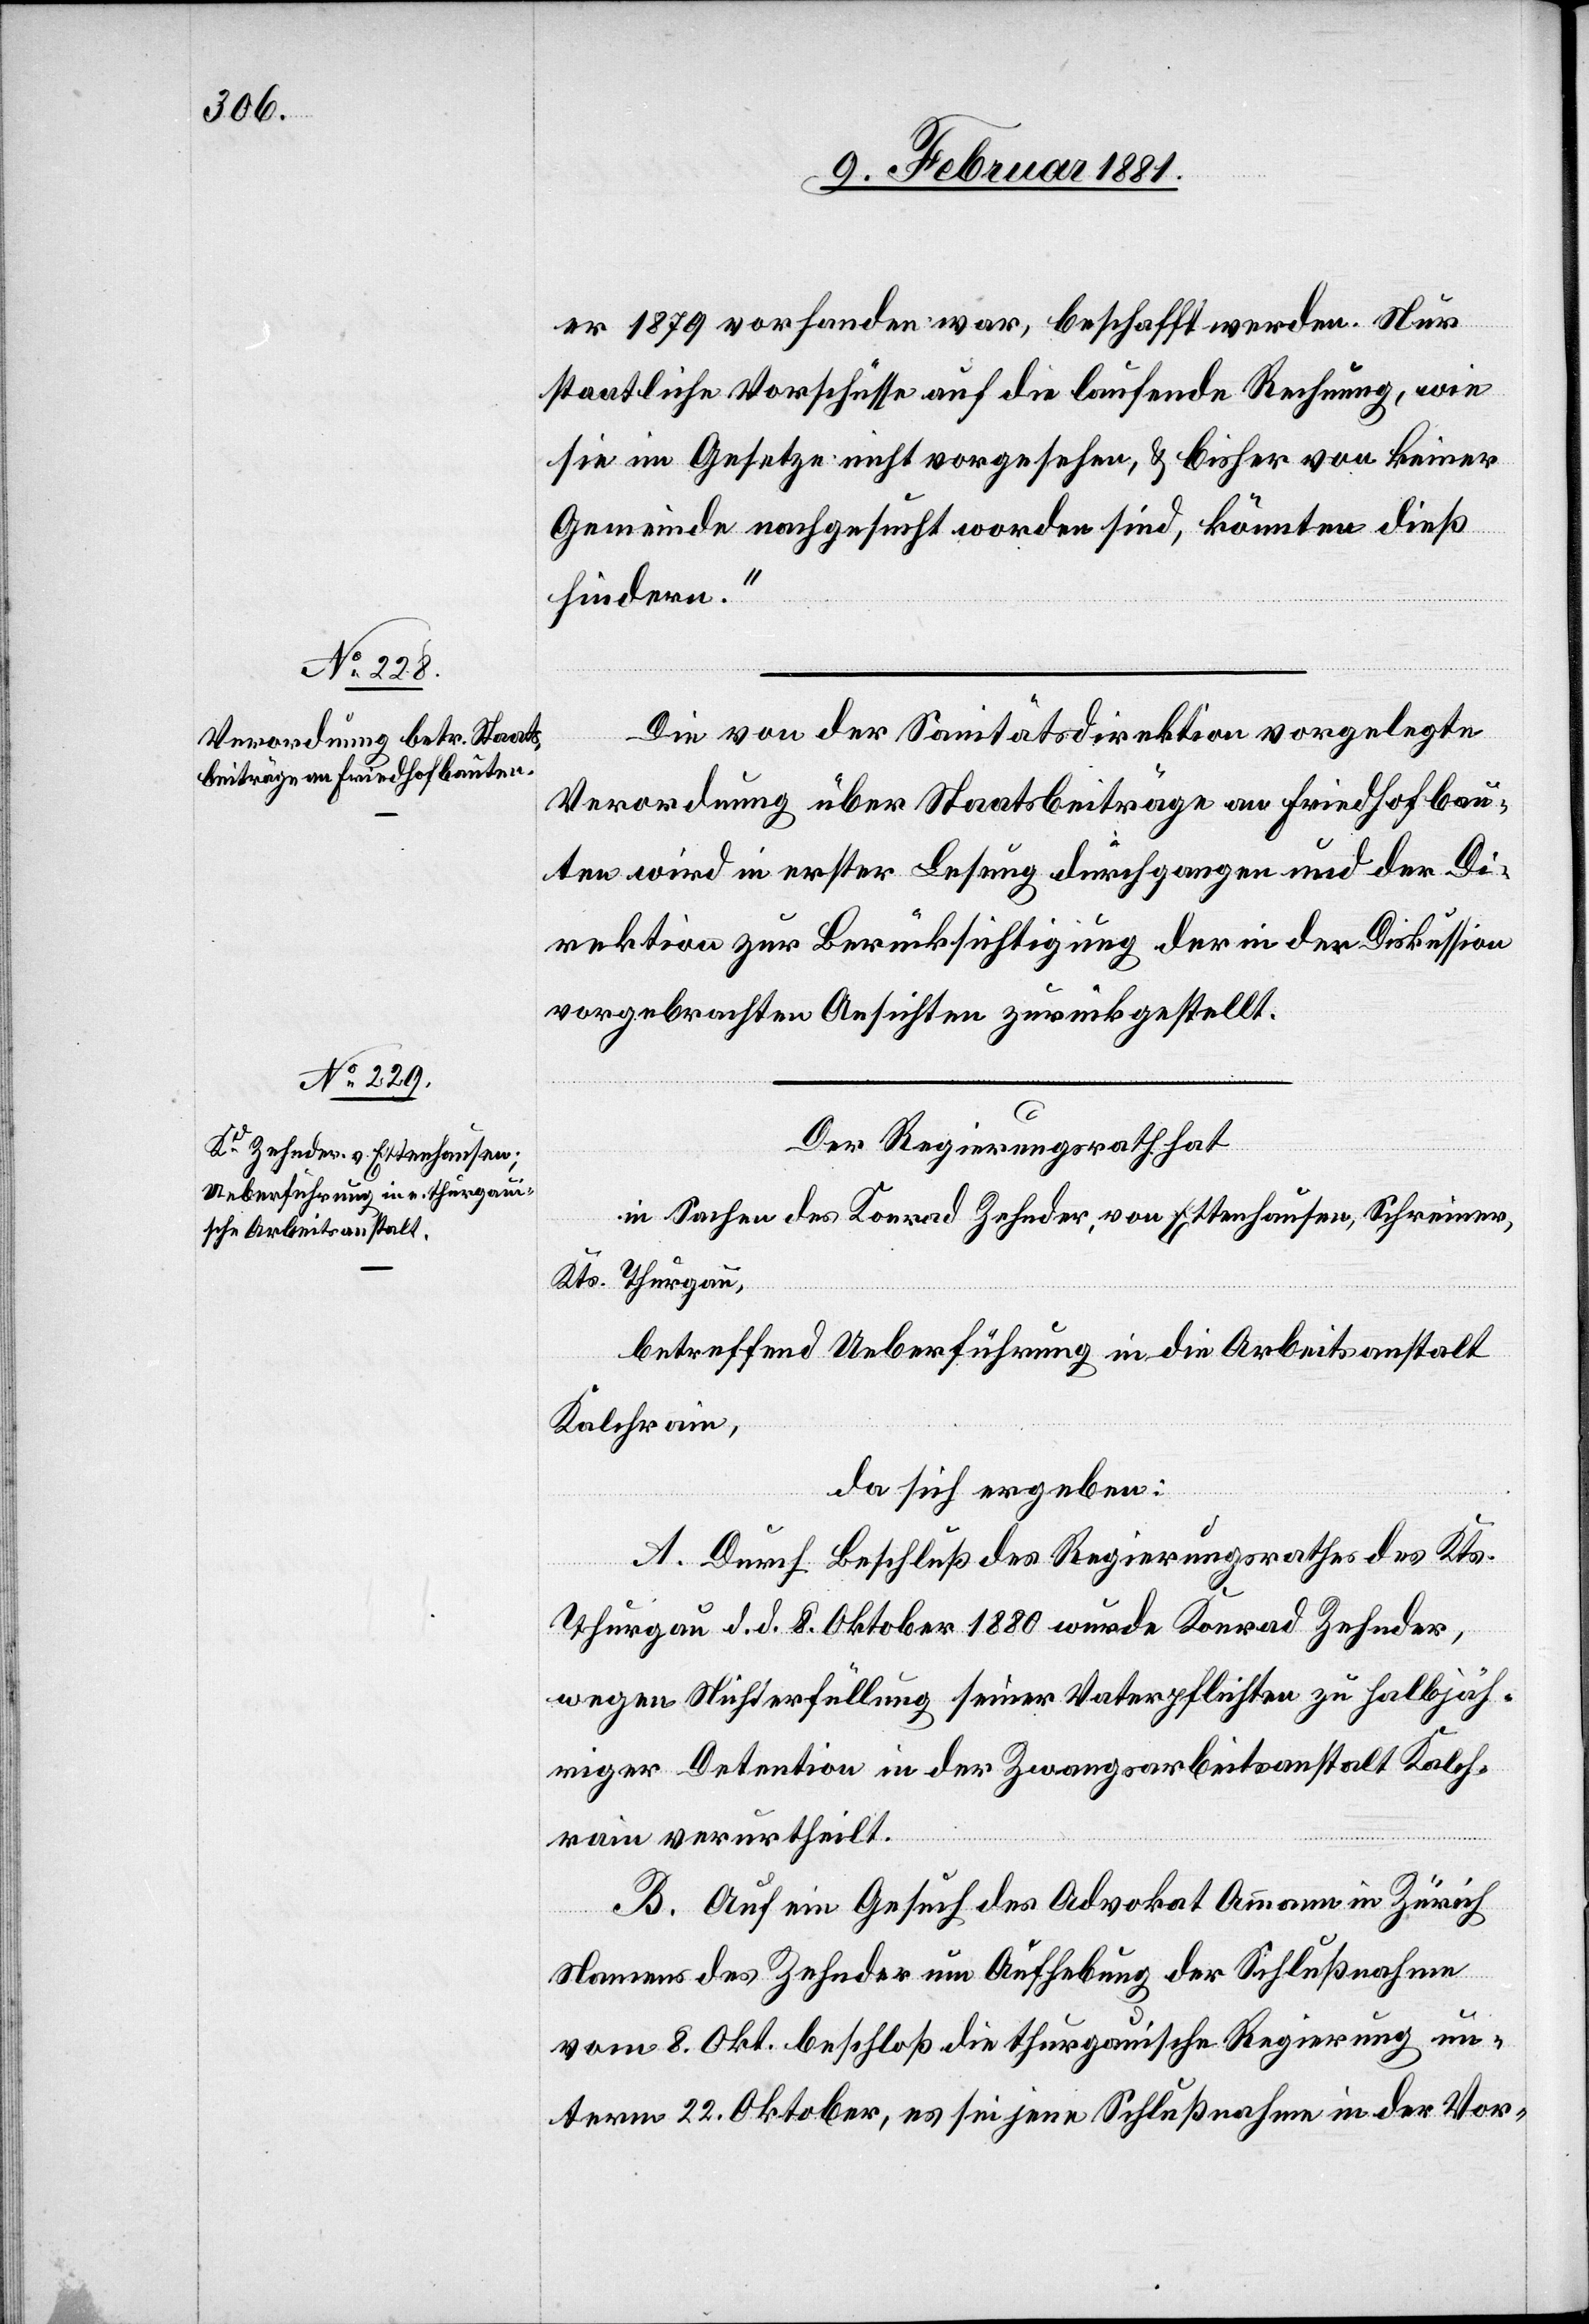
1879 vorhanden war, beschafft werden. Nur
staatliche Vorschüsse auf die laufende Rechnung, wie
sie im Gesetze nicht vorgesehen, & bisher von keiner
Gemeinde nachgesucht worden sind, könnten dieß
hindern“.
Die von der Sanitätsdirektion vorgelegte
Verordnung über Staatsbeiträge an Friedhofbau¬
ten wird in erster Lesung durchgangen und der Di¬
rektion zur Berücksichtigung der in der Diskussion
vorgebrachten Ansichten zurückgestellt.
Der Regierungsrath hat
in Sachen des Konrad Zehnder, von Ettenhausen, Schreiner,
Kts. Thurgau,
betreffend Ueberführung in die Arbeitsanstalt
Kalchrain,
da sich ergeben:
A. Durch Beschluß des Regierungsrathes des Kts.
Thurgau d. d. 8. Oktober 1880 wurde Konrad Zehnder,
wegen Nichterfüllung seiner Vaterpflichten zu halbjäh¬
riger Detention in der Zwangsarbeitsanstalt Kalch¬
rain verurtheilt.
B. Auf ein Gesuch des Advokat Ammann in Zürich
Namens des Zehnder um Aufhebung der Schlußnahme
vom 8. Okt. beschloß die thurgauische Regierung un¬
term 22. Oktober, es sei jene Schlußnahme in der Vor-